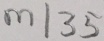
m \vert 3 5